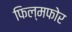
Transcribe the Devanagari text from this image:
फिल्मफोर